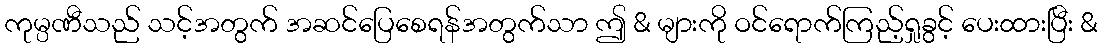
ကုမ္ပဏီသည် သင့်အတွက် အဆင်ပြေစေရန်အတွက်သာ ဤ & များကို ဝင်ရောက်ကြည့်ရှုခွင့် ပေးထားပြီး &